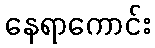
နေရာကောင်း